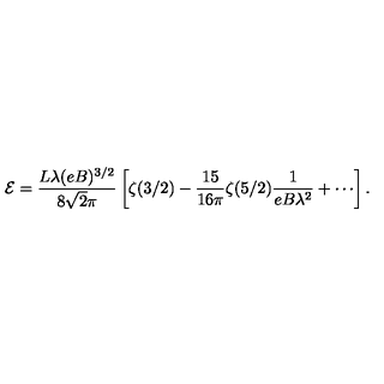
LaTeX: \mathcal { E } = \frac { L \lambda ( e B ) ^ { 3 / 2 } } { 8 \sqrt { 2 } \pi } \left[ \zeta ( 3 / 2 ) - \frac { 1 5 } { 1 6 \pi } \zeta ( 5 / 2 ) \frac { 1 } { e B \lambda ^ { 2 } } + \cdots \right] .